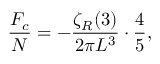
{ \frac { { \cal F } _ { c } } { N } } = - { \frac { \zeta _ { R } ( 3 ) } { 2 \pi L ^ { 3 } } } \cdot { \frac { 4 } { 5 } } ,